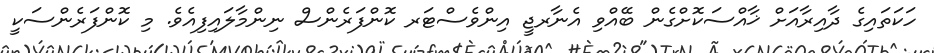
ހަކަތައިގެ ދާއިރާއަށް ޚާއްސަކޮށްގެން ބޭއްވި އެނާރޖީ އިންވެސްޓަރ ކޮންފަރެންސް ނިންމާލައިފިއެވެ. މި ކޮންފަރެންސަކީ